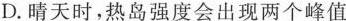
D.晴天时，热岛强度会出现两个峰值